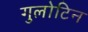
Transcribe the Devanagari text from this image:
गुलोटिन